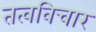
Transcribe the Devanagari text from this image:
तत्वविचार